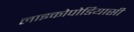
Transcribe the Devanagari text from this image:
लाइकोपोडियासी